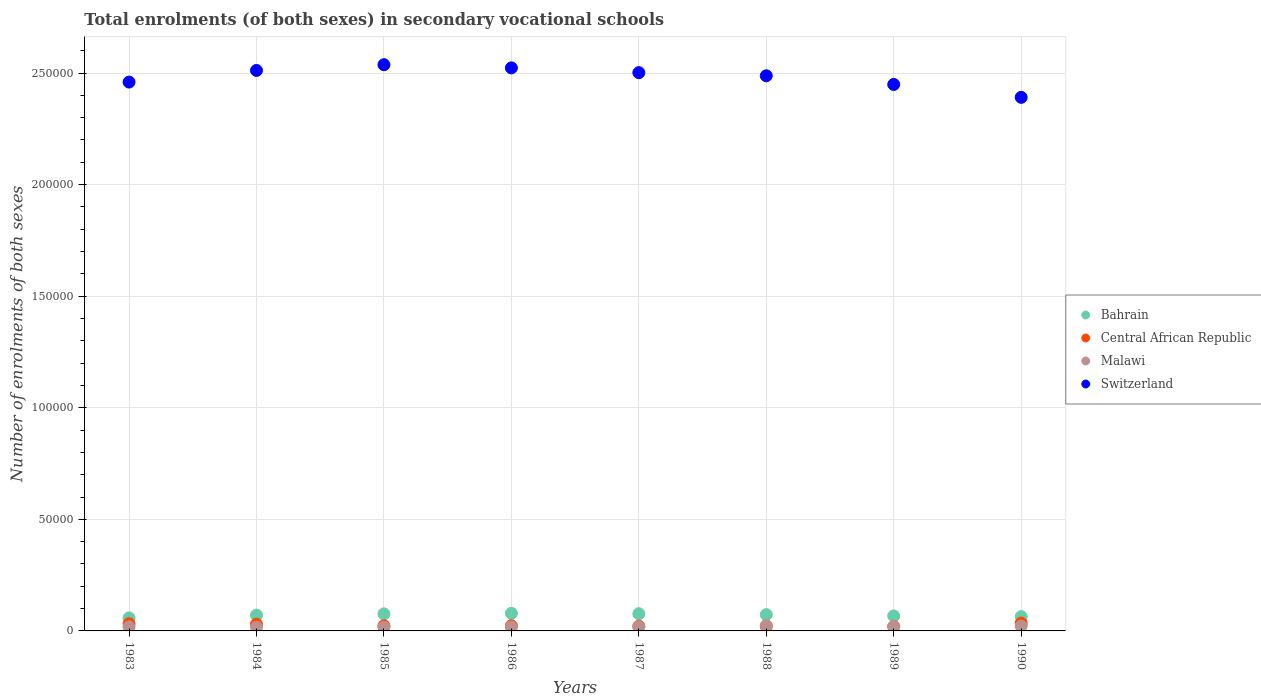
| Years | Bahrain | Central African Republic | Malawi | Switzerland |
 | --- | --- | --- | --- | --- |
 | 1983 | 5.84e+03 | 3.21e+03 | 1.81e+03 | 2.46e+05 |
 | 1984 | 7.07e+03 | 2.99e+03 | 1.69e+03 | 2.51e+05 |
 | 1985 | 7.65e+03 | 2.32e+03 | 1.67e+03 | 2.54e+05 |
 | 1986 | 7.87e+03 | 2.33e+03 | 1.82e+03 | 2.52e+05 |
 | 1987 | 7.71e+03 | 2.13e+03 | 1.86e+03 | 2.5e+05 |
 | 1988 | 7.29e+03 | 2.01e+03 | 2.43e+03 | 2.49e+05 |
 | 1989 | 6.72e+03 | 1.99e+03 | 1.98e+03 | 2.45e+05 |
 | 1990 | 6.41e+03 | 3.51e+03 | 2.18e+03 | 2.39e+05 |